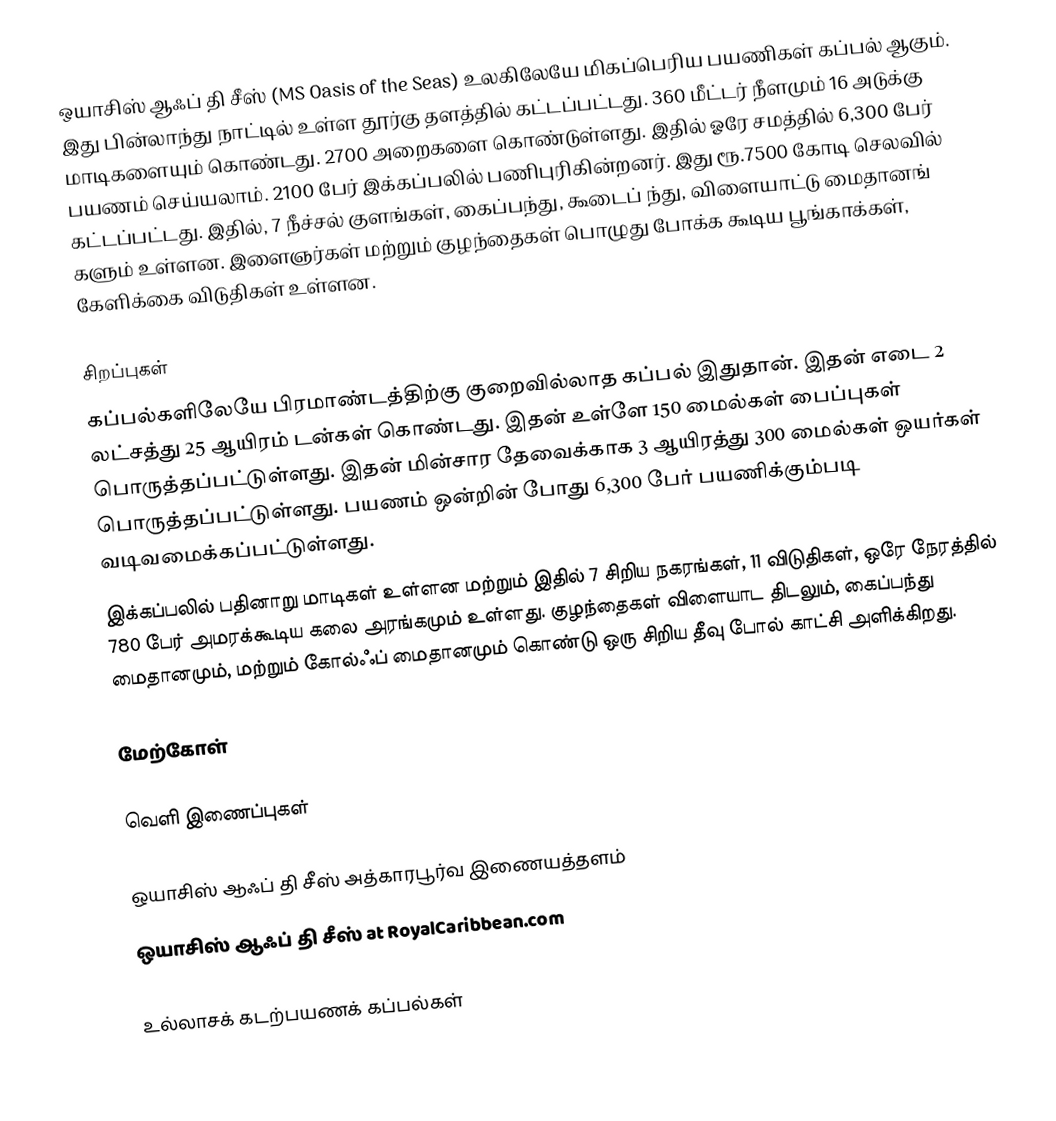
ஒயாசிஸ் ஆஃப் தி சீஸ் (MS Oasis of the Seas) உலகிலேயே மிகப்பெரிய பயணிகள் கப்பல் ஆகும். இது பின்லாந்து நாட்டில் உள்ள தூர்கு தளத்தில் கட்டப்பட்டது. 360 மீட்டர் நீளமும் 16 அடுக்கு மாடிகளையும் கொண்டது. 2700 அறைகளை கொண்டுள்ளது. இதில் ஓரே சமத்தில் 6,300 பேர் பயணம் செய்யலாம். 2100 பேர் இக்கப்பலில் பணிபுரிகின்றனர். இது ரூ.7500 கோடி செலவில் கட்டப்பட்டது. இதில், 7 நீச்சல் குளங்கள், கைப்பந்து, கூடைப் ந்து, விளையாட்டு மைதானங் களும் உள்ளன. இளைஞர்கள் மற்றும் குழந்தைகள் பொழுது போக்க கூடிய பூங்காக்கள், கேளிக்கை விடுதிகள் உள்ளன.

சிறப்புகள்
கப்பல்களிலேயே பிரமாண்டத்திற்கு குறைவில்லாத கப்பல் இதுதான். இதன் எடை 2 லட்சத்து 25 ஆயிரம் டன்கள் கொண்டது. இதன் உள்ளே 150 மைல்கள் பைப்புகள் பொருத்தப்பட்டுள்ளது. இதன் மின்சார தேவைக்காக 3 ஆயிரத்து 300 மைல்கள் ஒயர்கள் பொருத்தப்பட்டுள்ளது. பயணம் ஒன்றின் போது 6,300 பேர் பயணிக்கும்படி வடிவமைக்கப்பட்டுள்ளது.
இக்கப்பலில் பதினாறு மாடிகள் உள்ளன மற்றும் இதில் 7 சிறிய நகரங்கள், 11 விடுதிகள், ஒரே நேரத்தில் 780 பேர் அமரக்கூடிய கலை அரங்கமும் உள்ளது. குழந்தைகள் விளையாட திடலும், கைப்பந்து மைதானமும், மற்றும் கோல்ஃப் மைதானமும் கொண்டு ஒரு சிறிய தீவு போல் காட்சி அளிக்கிறது.

மேற்கோள்

வெளி இணைப்புகள்

 ஒயாசிஸ் ஆஃப் தி சீஸ் அத்காரபூர்வ இணையத்தளம்
 ஒயாசிஸ் ஆஃப் தி சீஸ் at RoyalCaribbean.com

உல்லாசக் கடற்பயணக் கப்பல்கள்